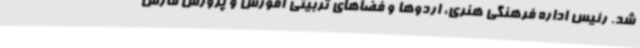
شد. رئیس اداره فرهنگی هنری، اردوها و فضاهای تربیتی آموزش و پرورش فارس